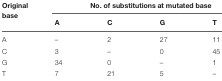
| Original base | <COLSPAN=4> No. of substitutions at mutated base |  |
 |  | A | C | G | T |
 | --- | --- | --- | --- | --- | --- |
 | A | – | 2 | 27 | 11 |
 | C | 3 | – | 0 | 45 |
 | G | 34 | 0 | – | 1 |
 | T | 7 | 21 | 5 | – |